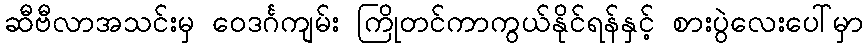
ဆီဗီလာအသင်းမှ ဝေဒင်္ဂကျမ်း ကြိုတင်ကာကွယ်နိုင်ရန်နှင့် စားပွဲလေးပေါ်မှာ